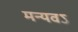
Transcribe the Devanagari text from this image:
मन्यवऽ